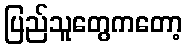
ပြည်သူတွေကတော့